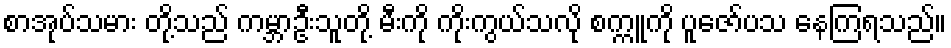
စာအုပ်သမား တို့သည် ကမ္ဘာဦးသူတို့ မီးကို ကိုးကွယ်သလို စက္ကူကို ပူဇော်ပသ နေကြရသည်။